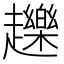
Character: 䟏